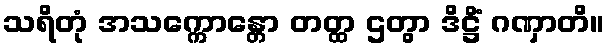
သရိတုံ အသက္ကောန္တော တတ္ထ ဌတွာ ဒိဋ္ဌိံ ဂဏှာတိ။